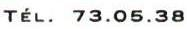
TÉL. 73.05.38